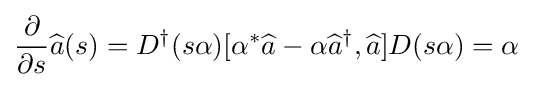
{\frac {\partial }{\partial s}}{\widehat {a}}(s)=D^{\dagger }(s\alpha )[\alpha ^{*}{\widehat {a}}-\alpha {\widehat {a}}^{\dagger },{\widehat {a}}]D(s\alpha )=\alpha